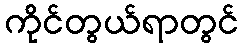
ကိုင်တွယ်ရာတွင်